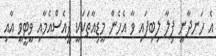
އެ ހަނދާނީ ފިލާ ލިބިފައި ވާ އެހެން މީޑިއާތަކަކީ ޕީއެސްއެމާއި ވީޓީވީ އާއި